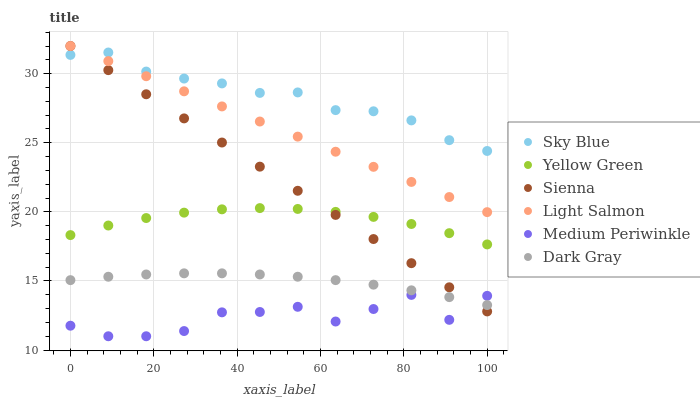
| xaxis_label | Sky Blue | Yellow Green | Sienna | Light Salmon | Medium Periwinkle | Dark Gray |
 | --- | --- | --- | --- | --- | --- | --- |
 | 0 | 31.4 | 18.3 | 32 | 32 | 11.8 | 15.1 |
 | 9.09 | 31.5 | 19 | 30.3 | 30.9 | 11 | 15.3 |
 | 18.2 | 30.2 | 19.6 | 28.5 | 29.8 | 11 | 15.5 |
 | 27.3 | 29.6 | 19.9 | 26.8 | 28.7 | 11.4 | 15.6 |
 | 36.4 | 29.3 | 20.2 | 25 | 27.6 | 12.7 | 15.6 |
 | 45.5 | 28.6 | 20.3 | 23.3 | 26.5 | 12.8 | 15.5 |
 | 54.5 | 28.6 | 20.2 | 21.5 | 25.4 | 13.1 | 15.3 |
 | 63.6 | 27.4 | 20 | 19.8 | 24.4 | 12.1 | 15.1 |
 | 72.7 | 27.3 | 19.6 | 18 | 23.3 | 13 | 14.7 |
 | 81.8 | 26.6 | 19.1 | 16.3 | 22.2 | 14 | 14.3 |
 | 90.9 | 25.2 | 18.5 | 14.5 | 21.1 | 12.2 | 13.8 |
 | 100 | 24.4 | 17.6 | 12.8 | 20 | 13.9 | 13.3 |